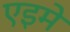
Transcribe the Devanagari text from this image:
एइमे